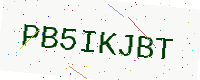
Text: PB5IKJBT